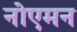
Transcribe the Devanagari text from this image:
नोएमन